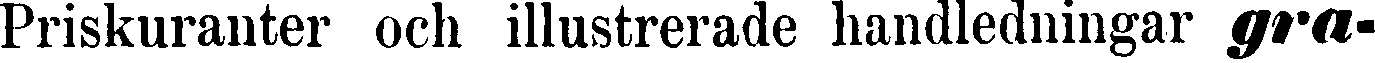
Priskuranter och illustrerade handledningar gra-